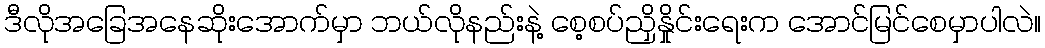
ဒီလိုအခြေအနေဆိုးအောက်မှာ ဘယ်လိုနည်းနဲ့ စေ့စပ်ညှိနှိုင်းရေးက အောင်မြင်စေမှာပါလဲ။